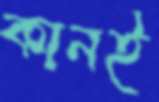
কানই